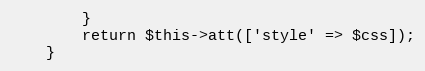
Language: PHP
        }
        return $this->att(['style' => $css]);
    }